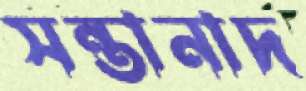
সন্তানাদ